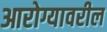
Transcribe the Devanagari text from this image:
आरोग्यावरील